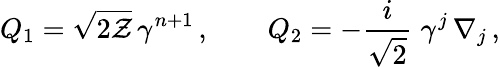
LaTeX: Q_{1}=\sqrt{2{\cal Z}}\, \gamma^{n+1}\, ,\qquad Q_{2}=-\frac{i}{\sqrt{2}}\; \gamma^{j}\, \nabla_{j}\, ,